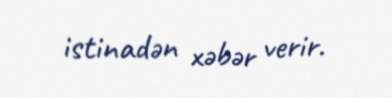
istinadən xəbər verir.